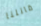
قاتلنا